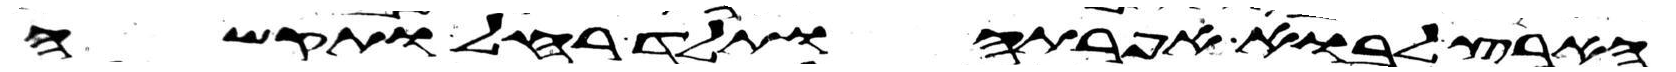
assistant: הארץ לבוא אפרתה ותלד רחל ותקש